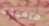
متفوقة